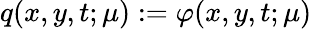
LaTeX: q(x,y,t;\mu):=\varphi(x,y,t;\mu)